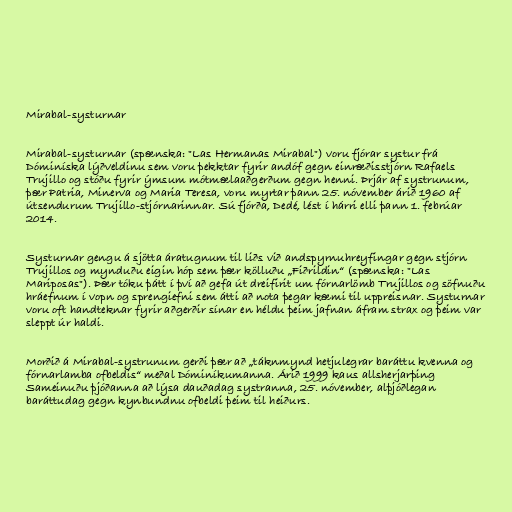
Mirabal-systurnar

Mirabal-systurnar (spænska: "Las Hermanas Mirabal") voru fjórar systur frá
Dóminíska lýðveldinu sem voru þekktar fyrir andóf gegn einræðisstjórn Rafaels
Trujillo og stóðu fyrir ýmsum mótmælaaðgerðum gegn henni. Þrjár af systrunum,
þær Patria, Minerva og Maria Teresa, voru myrtar þann 25. nóvember árið 1960 af
útsendurum Trujillo-stjórnarinnar. Sú fjórða, Dedé, lést í hárri elli þann 1. febrúar
2014.

Systurnar gengu á sjötta áratugnum til liðs við andspyrnuhreyfingar gegn stjórn
Trujillos og mynduðu eigin hóp sem þær kölluðu „Fiðrildin“ (spænska: "Las
Mariposas"). Þær tóku þátt í því að gefa út dreifirit um fórnarlömb Trujillos og söfnuðu
hráefnum í vopn og sprengiefni sem átti að nota þegar kæmi til uppreisnar. Systurnar
voru oft handteknar fyrir aðgerðir sínar en héldu þeim jafnan áfram strax og þeim var
sleppt úr haldi.

Morðið á Mirabal-systrunum gerði þær að „táknmynd hetjulegrar baráttu kvenna og
fórnarlamba ofbeldis“ meðal Dóminíkumanna. Árið 1999 kaus allsherjarþing
Sameinuðu þjóðanna að lýsa dauðadag systranna, 25. nóvember, alþjóðlegan
baráttudag gegn kynbundnu ofbeldi þeim til heiðurs.